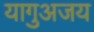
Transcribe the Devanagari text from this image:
यागुअजय